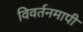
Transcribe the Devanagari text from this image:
विवर्तनमापी